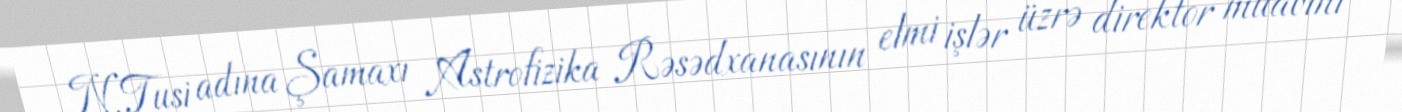
N.Tusi adına Şamaxı Astrofizika Rəsədxanasının elmi işlər üzrə direktor müavini